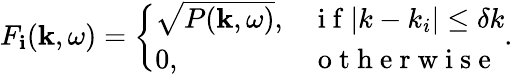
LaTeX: F_{\mathbf{i}}(\mathbf{{k}},\omega)=\left\{ \begin{array}{ll}{\sqrt{P(\mathbf{k},\omega)},}&{\mathrm{~i~f~}|k-k_{i}|\leq\delta k}\\ {0,}&{\mathrm{~o~t~h~e~r~w~i~s~e~}}\end{array}\right..